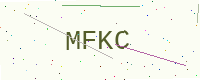
Text: MFKC